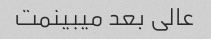
عالی بعد میبینمت